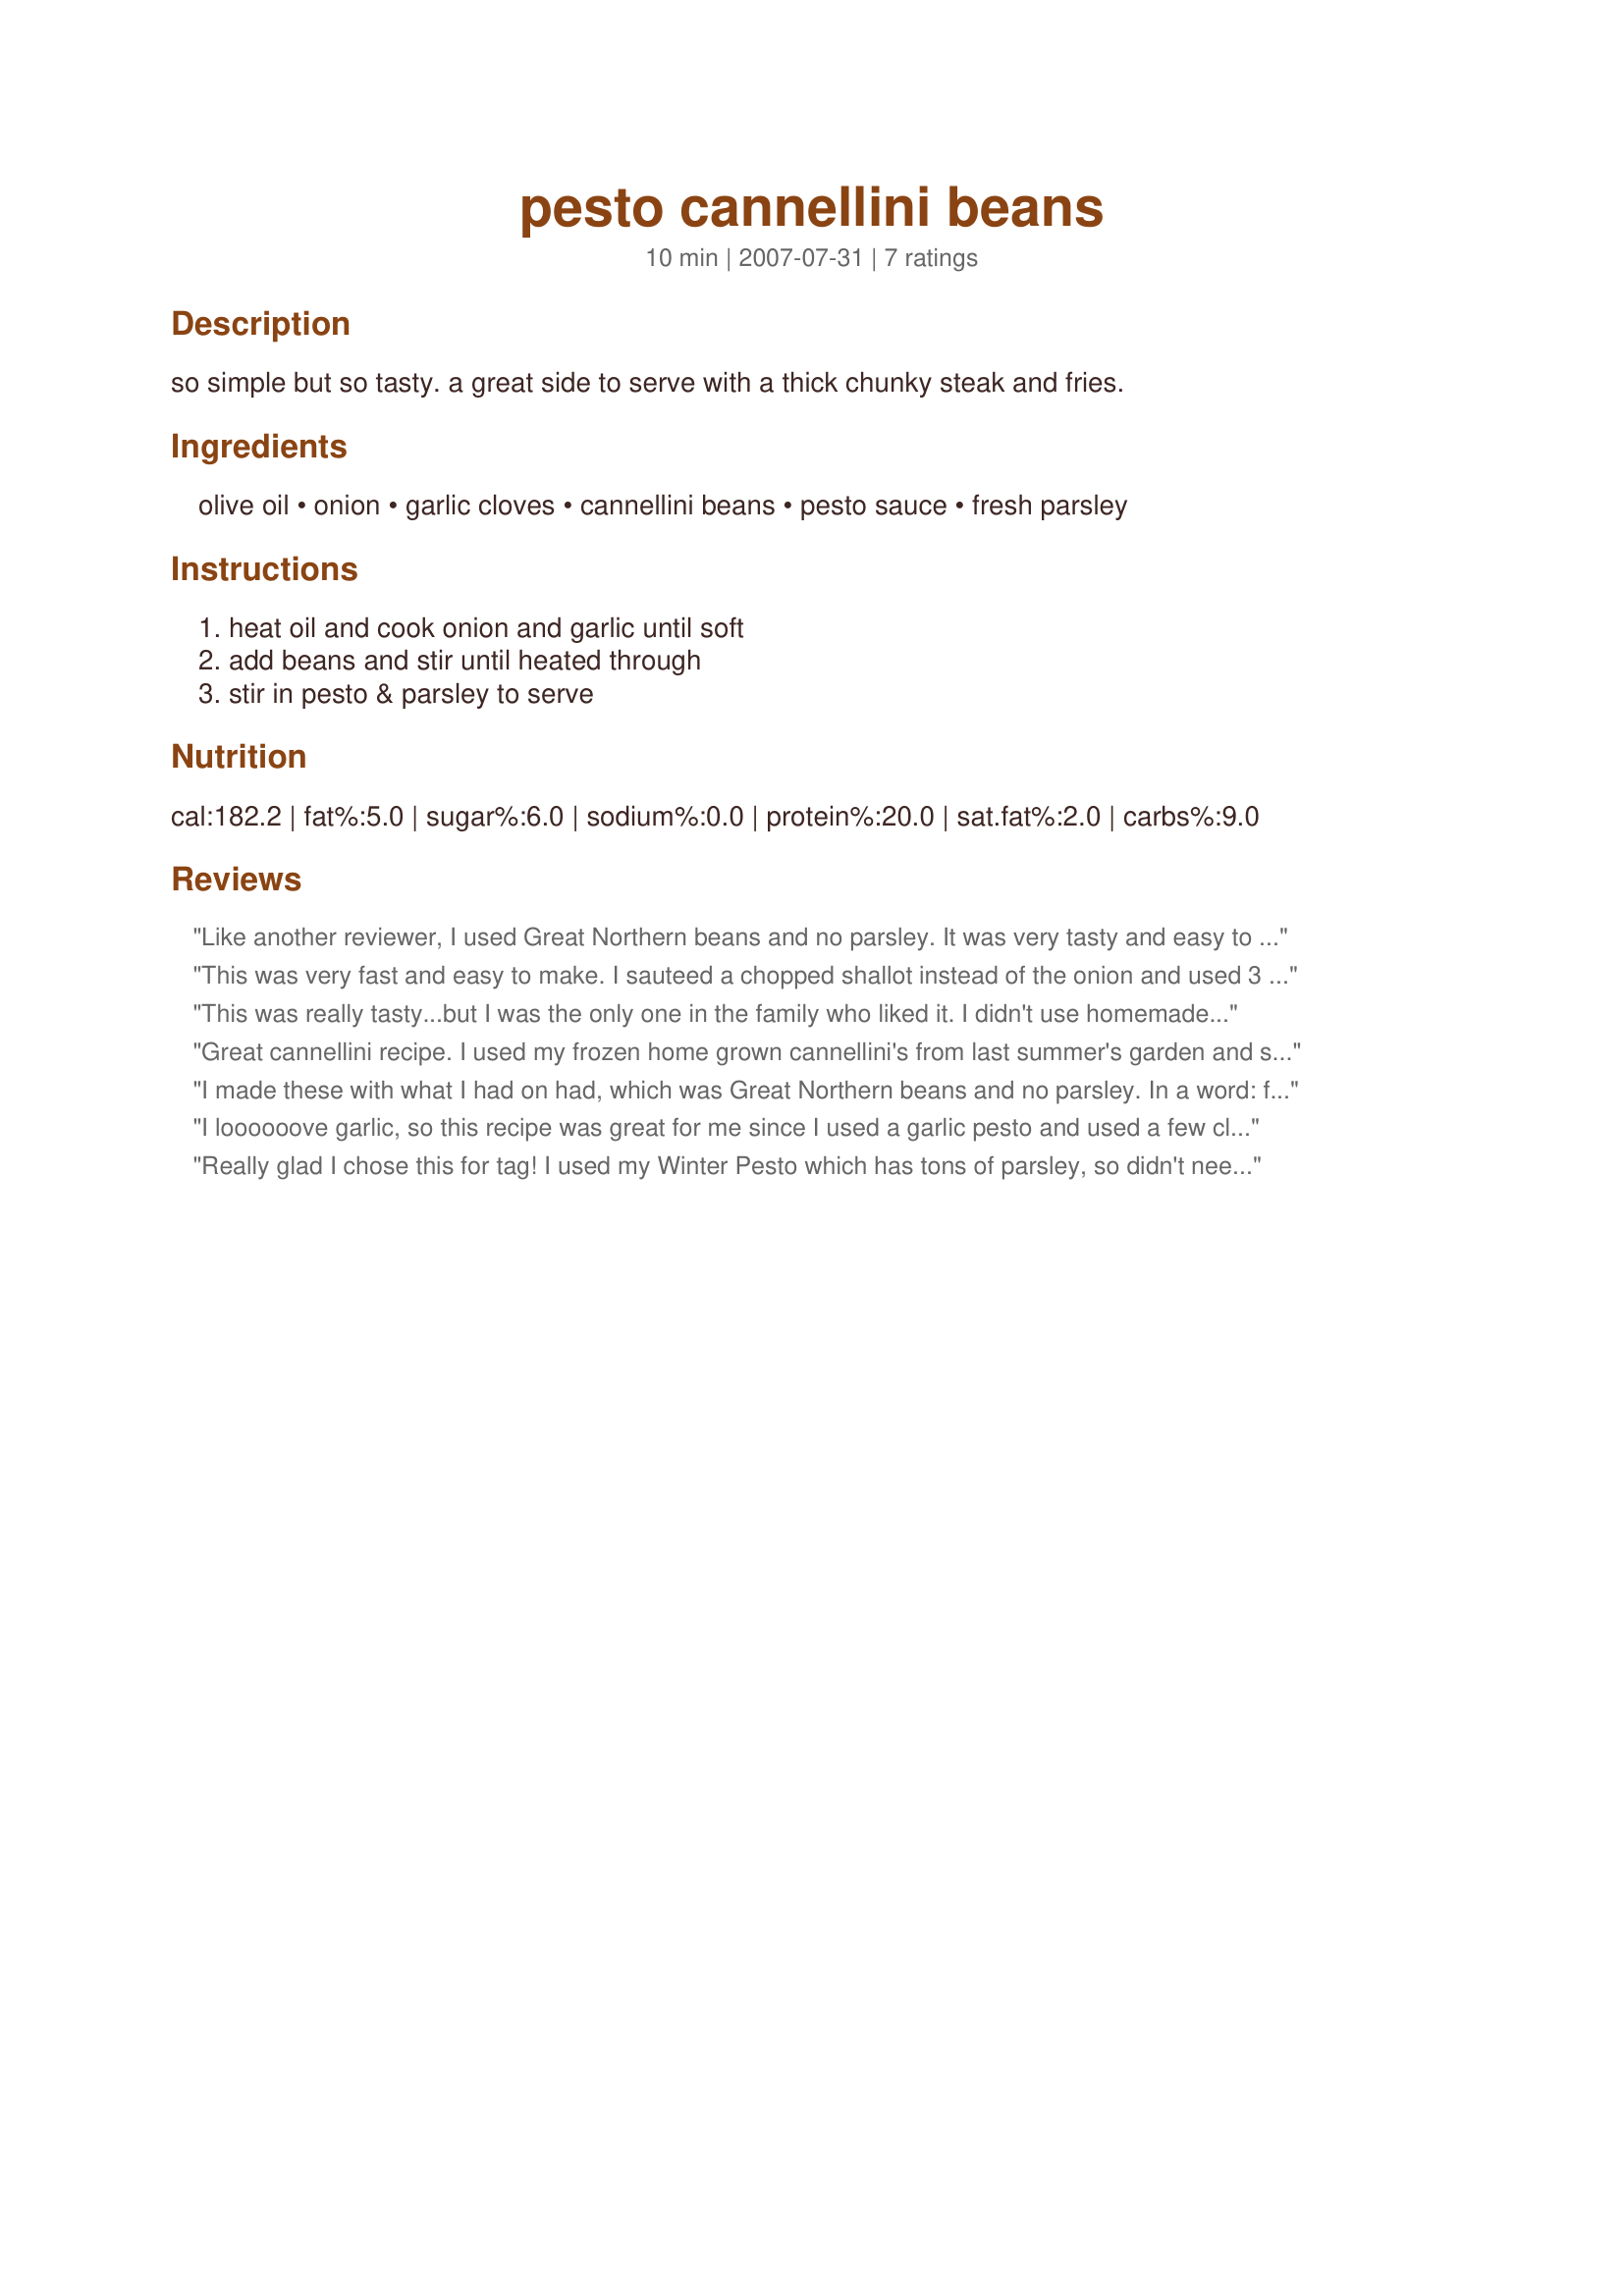
pesto cannellini beans
Preparation time: 10 minutes

so simple but so tasty. a great side to serve with a thick chunky steak and fries.

Ingredients:
olive oil, onion, garlic cloves, cannellini beans, pesto sauce, fresh parsley

Steps:
heat oil and cook onion and garlic until soft, add beans and stir until heated through, stir in pesto & parsley to serve

Reviews:
Like another reviewer, I used Great Northern beans and no parsley. It was very tasty and easy to make! I used store bought pesto.
This was very fast and easy to make. I sauteed a chopped shallot instead of the onion and used 3 garlic cloves. Didn&#039;t have any parsley. I toasted some crusty bread and then slathered the bean mix on top of it and ate it as an open-faced sandwich.
This was really tasty...but I was the only one in the family who liked it. I didn't use homemade pesto since we're recovering from Hurricane Ike and my frozen batch of pesto melted during the power outage. used Trader Joe's brand and while I enjoyed it, I will try it again with homemade. I Love cannellini beans, garlic and onions. This was a nice side dish for me. Thank you!
Great cannellini recipe. I used my frozen home grown cannellini's from last summer's garden and served it cold for lunch. Nice blend of flavors, love pesto and garlic and beans. I added the leftovers to recipe #348260. tagged in 123.
I made these with what I had on had, which was Great Northern beans and no parsley. In a word: fabulous. Thank you!
I loooooove garlic, so this recipe was great for me since I used a garlic pesto and used a few cloves of roasted garlic mixed into the final product. Excellent fast and tasty side!
Really glad I chose this for tag! I used my Winter Pesto which has tons of parsley, so didn't need to add any more. I bet it would be amazing with basil pesto. Next time I think I'll use more than 1 clove (garlic fiend here *sigh*). This is a terrific basic recipe that is open to variations. Thanks for posting!
